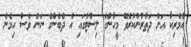
އެމެރިކާ އަށް ދަތުރުނުކުރެވޭ މީހުންގެ ލިސްޓްގައި އެ ދެބެންގެ ނަން ވެސް ހިމެނެ